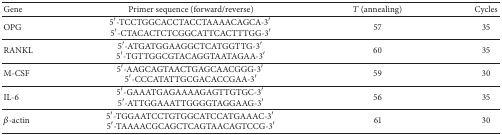
<table><thead><tr><td><b>Gene</b></td><td><b>Primer sequence (forward/reverse)</b></td><td><b><i>T</i> (annealing)</b></td><td><b>Cycles</b></td></tr></thead><tbody><tr><td>OPG</td><td>5′-TCCTGGCACCTACCTAAAACAGCA-3′ 5′-CTACACTCTCGGCATTCACTTTGG-3′</td><td>57</td><td>35</td></tr><tr><td>RANKL</td><td>5′-ATGATGGAAGGCTCATGGTTG-3′ 5′-TGTTGGCGTACAGGTAATAGAA-3′</td><td>60</td><td>35</td></tr><tr><td>M-CSF</td><td>5′-AAGCAGTAACTGAGCAACGGG-3′ 5′-CCCATATTGCGACACCGAA-3′</td><td>59</td><td>30</td></tr><tr><td>IL-6</td><td>5′-GAAATGAGAAAAGAGTTGTGC-3′ 5′-ATTGGAAATTGGGGTAGGAAG-3′</td><td>56</td><td>35</td></tr><tr><td><i>β</i>-actin</td><td>5′-TGGAATCCTGTGGCATCCATGAAAC-3′ 5′-TAAAACGCAGCTCAGTAACAGTCCG-3′</td><td>61</td><td>30</td></tr></tbody></table>